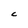
Character: C